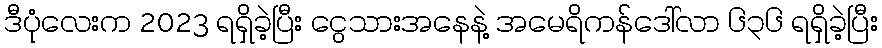
ဒီပုံလေးက 2023 ရရှိခဲ့ပြီး ငွေသားအနေနဲ့ အမေရိကန်ဒေါ်လာ ၆၃၆ ရရှိခဲ့ပြီး